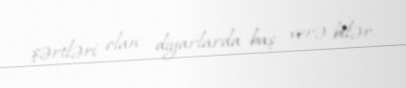
şərtləri olan diyarlarda baş verə bilər.